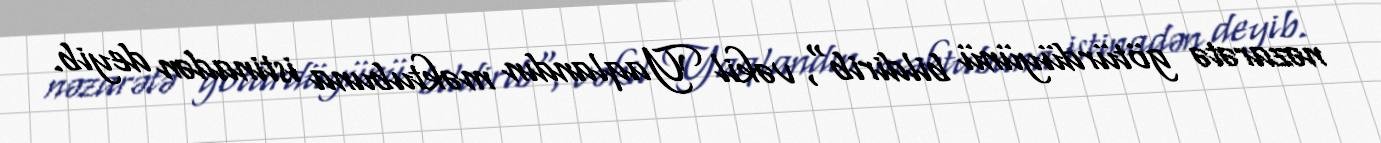
nəzarətə götürdüyünü bildirib", vəkil Yaqlandın məktubuna istinadən deyib.